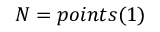
N = p o i n t s ( 1 )